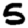
Digit: 5